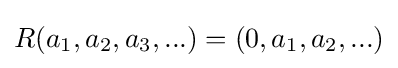
R(a_{1},a_{2},a_{3},...)=(0,a_{1},a_{2},...)